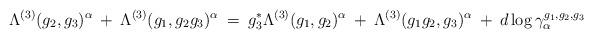
LaTeX: \begin{align*}\Lambda^{(3)}(g_2, g_3)^{\alpha} \: + \:\Lambda^{(3)}(g_1, g_2 g_3)^{\alpha} \: = \:g_3^* \Lambda^{(3)}(g_1, g_2)^{\alpha} \: + \:\Lambda^{(3)}(g_1 g_2, g_3)^{\alpha}\: + \: d \log \gamma_{\alpha}^{g_1, g_2, g_3}\end{align*}